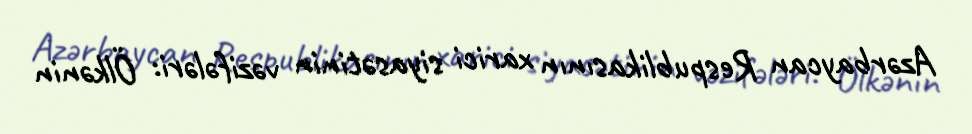
Azərbaycan Respublikasının xarici siyasətinin vəzifələri: Ölkənin